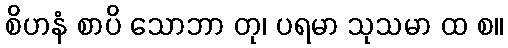
စိဟနံ စာပိ သောဘာ တု၊ ပရမာ သုသမာ ထ စ။